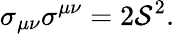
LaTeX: \sigma_{\mu\nu}\sigma^{\mu\nu}=2{\cal S}^{2}.